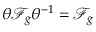
{ \theta \mathscr { F } _ { g } \theta ^ { - 1 } = \mathscr { F } _ { g } }